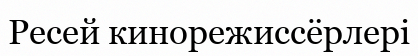
Ресей кинорежиссёрлері